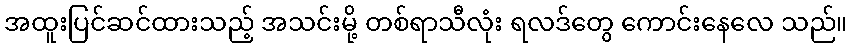
အထူးပြင်ဆင်ထားသည့် အသင်းမို့ တစ်ရာသီလုံး ရလဒ်တွေ ကောင်းနေလေ သည်။